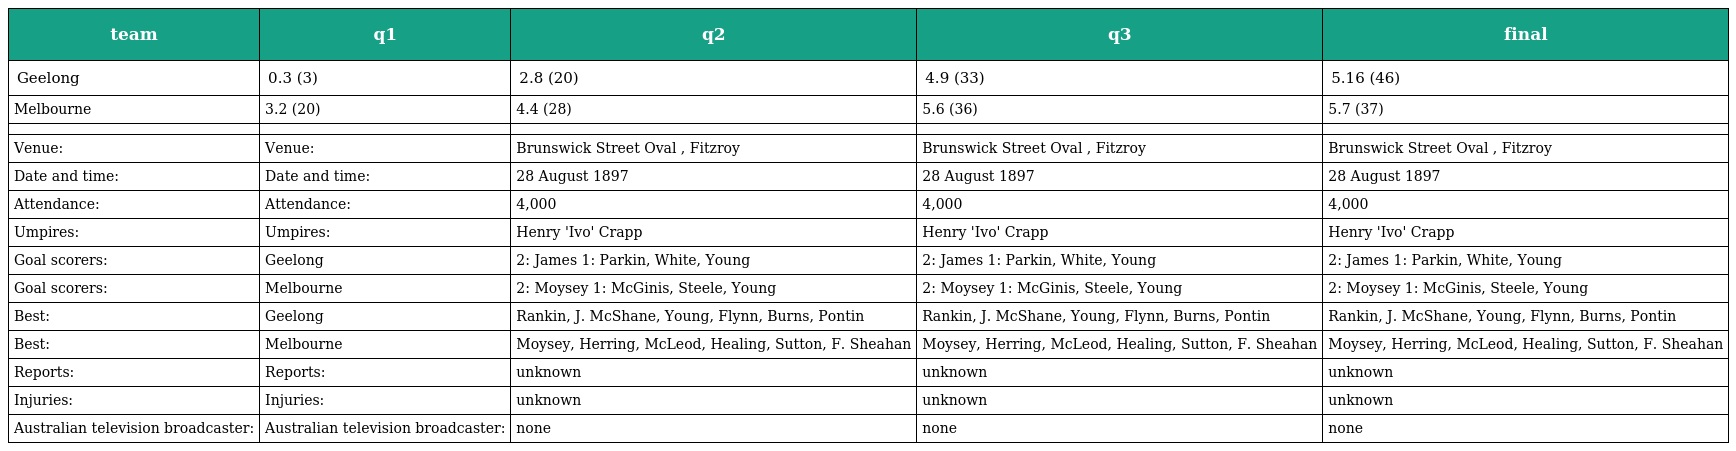
| team | q1 | q2 | q3 | final |
 | --- | --- | --- | --- | --- |
 | Geelong | 0.3 (3) | 2.8 (20) | 4.9 (33) | 5.16 (46) |
 | Melbourne | 3.2 (20) | 4.4 (28) | 5.6 (36) | 5.7 (37) |
 |  |  |  |  |  |
 | Venue: | Venue: | Brunswick Street Oval , Fitzroy | Brunswick Street Oval , Fitzroy | Brunswick Street Oval , Fitzroy |
 | Date and time: | Date and time: | 28 August 1897 | 28 August 1897 | 28 August 1897 |
 | Attendance: | Attendance: | 4,000 | 4,000 | 4,000 |
 | Umpires: | Umpires: | Henry 'Ivo' Crapp | Henry 'Ivo' Crapp | Henry 'Ivo' Crapp |
 | Goal scorers: | Geelong | 2: James 1: Parkin, White, Young | 2: James 1: Parkin, White, Young | 2: James 1: Parkin, White, Young |
 | Goal scorers: | Melbourne | 2: Moysey 1: McGinis, Steele, Young | 2: Moysey 1: McGinis, Steele, Young | 2: Moysey 1: McGinis, Steele, Young |
 | Best: | Geelong | Rankin, J. McShane, Young, Flynn, Burns, Pontin | Rankin, J. McShane, Young, Flynn, Burns, Pontin | Rankin, J. McShane, Young, Flynn, Burns, Pontin |
 | Best: | Melbourne | Moysey, Herring, McLeod, Healing, Sutton, F. Sheahan | Moysey, Herring, McLeod, Healing, Sutton, F. Sheahan | Moysey, Herring, McLeod, Healing, Sutton, F. Sheahan |
 | Reports: | Reports: | unknown | unknown | unknown |
 | Injuries: | Injuries: | unknown | unknown | unknown |
 | Australian television broadcaster: | Australian television broadcaster: | none | none | none |